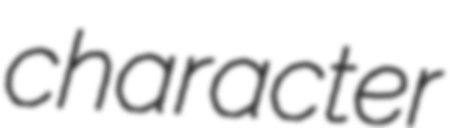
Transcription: character